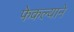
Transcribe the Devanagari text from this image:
फेकल्याने